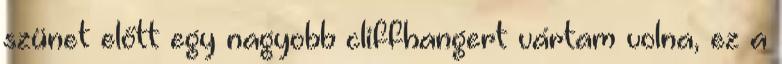
szünet előtt egy nagyobb cliffhangert vártam volna, ez a